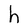
Character: h